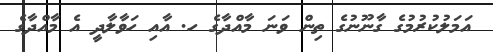
އަމަލުކުރުމުގެ ގާނޫނުގެ ތިން ވަނަ މާއްދާގެ ހ. އާއި ހަވާލާދީ އެ މާއްދާގެ